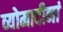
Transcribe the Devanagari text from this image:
व्योमादीनां